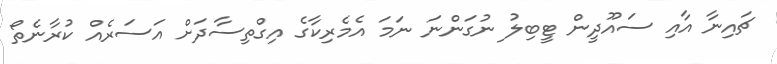
ޗައިނާ އާއި ސައޫދީން ޓީބިލު ނުގަންނަ ނަމަ އެމެރިކާގެ އިގްތިސާދަށް އަސަރެއް ކުރާނެތޯ